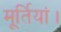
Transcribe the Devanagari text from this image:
मूर्तियां।